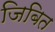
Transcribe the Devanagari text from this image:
जिबित